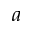
a